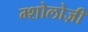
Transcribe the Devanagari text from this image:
म्शोलोज़ी